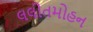
લલીતમોહન